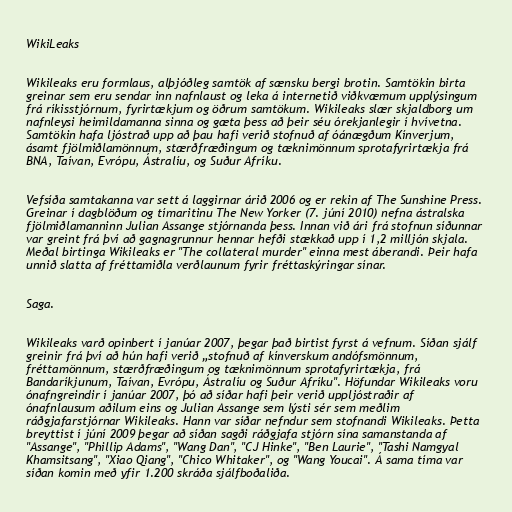
WikiLeaks

Wikileaks eru formlaus, alþjóðleg samtök af sænsku bergi brotin. Samtökin birta
greinar sem eru sendar inn nafnlaust og leka á internetið viðkvæmum upplýsingum
frá ríkisstjórnum, fyrirtækjum og öðrum samtökum. Wikileaks slær skjaldborg um
nafnleysi heimildamanna sinna og gæta þess að þeir séu órekjanlegir í hvívetna.
Samtökin hafa ljóstrað upp að þau hafi verið stofnuð af óánægðum Kínverjum,
ásamt fjölmiðlamönnum, stærðfræðingum og tæknimönnum sprotafyrirtækja frá
BNA, Taívan, Evrópu, Ástralíu, og Suður Afríku.

Vefsíða samtakanna var sett á laggirnar árið 2006 og er rekin af The Sunshine Press.
Greinar í dagblöðum og tímaritinu The New Yorker (7. júní 2010) nefna ástralska
fjölmiðlamanninn Julian Assange stjórnanda þess. Innan við ári frá stofnun síðunnar
var greint frá því að gagnagrunnur hennar hefði stækkað upp í 1,2 milljón skjala.
Meðal birtinga Wikileaks er "The collateral murder" einna mest áberandi. Þeir hafa
unnið slatta af fréttamiðla verðlaunum fyrir fréttaskýringar sínar.

Saga.

Wikileaks varð opinbert í janúar 2007, þegar það birtist fyrst á vefnum. Síðan sjálf
greinir frá því að hún hafi verið „stofnuð af kínverskum andófsmönnum,
fréttamönnum, stærðfræðingum og tæknimönnum sprotafyrirtækja, frá
Bandaríkjunum, Taívan, Evrópu, Ástralíu og Suður Afríku". Höfundar Wikileaks voru
ónafngreindir í janúar 2007, þó að síðar hafi þeir verið uppljóstraðir af
ónafnlausum aðilum eins og Julian Assange sem lýsti sér sem meðlim
ráðgjafarstjórnar Wikileaks. Hann var síðar nefndur sem stofnandi Wikileaks. Þetta
breyttist í júní 2009 þegar að síðan sagði ráðgjafa stjórn sína samanstanda af
"Assange", "Phillip Adams", "Wang Dan", "CJ Hinke", "Ben Laurie", "Tashi Namgyal
Khamsitsang", "Xiao Qiang", "Chico Whitaker", og "Wang Youcai". Á sama tíma var
síðan komin með yfir 1.200 skráða sjálfboðaliða.